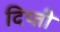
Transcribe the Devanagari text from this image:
दिप्ती